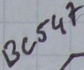
Text: BC547